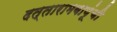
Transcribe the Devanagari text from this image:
दत्तारामबापूंची